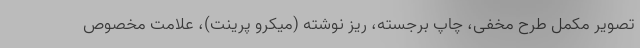
تصویر مکمل طرح مخفی، چاپ برجسته، ریز نوشته (میکرو پرینت)، علامت مخصوص